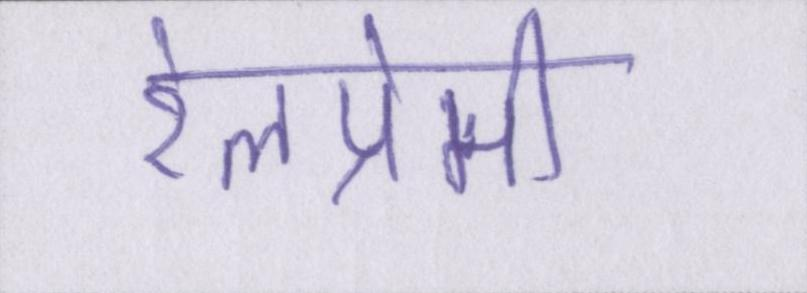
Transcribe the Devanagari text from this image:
रेलप्रेमी